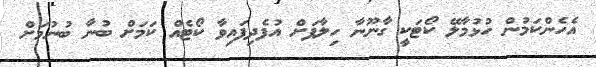
އެހެންކަމުން ހުޅުމާލޭ ކޯޓަކީ ގާނޫނާ ހިލާފަށް އުފެދިފައިވާ ކޯޓެއް ކަމަށް ބުނާ ބުނުމަށް